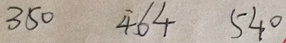
3 5 0 4 6 4 5 4 0